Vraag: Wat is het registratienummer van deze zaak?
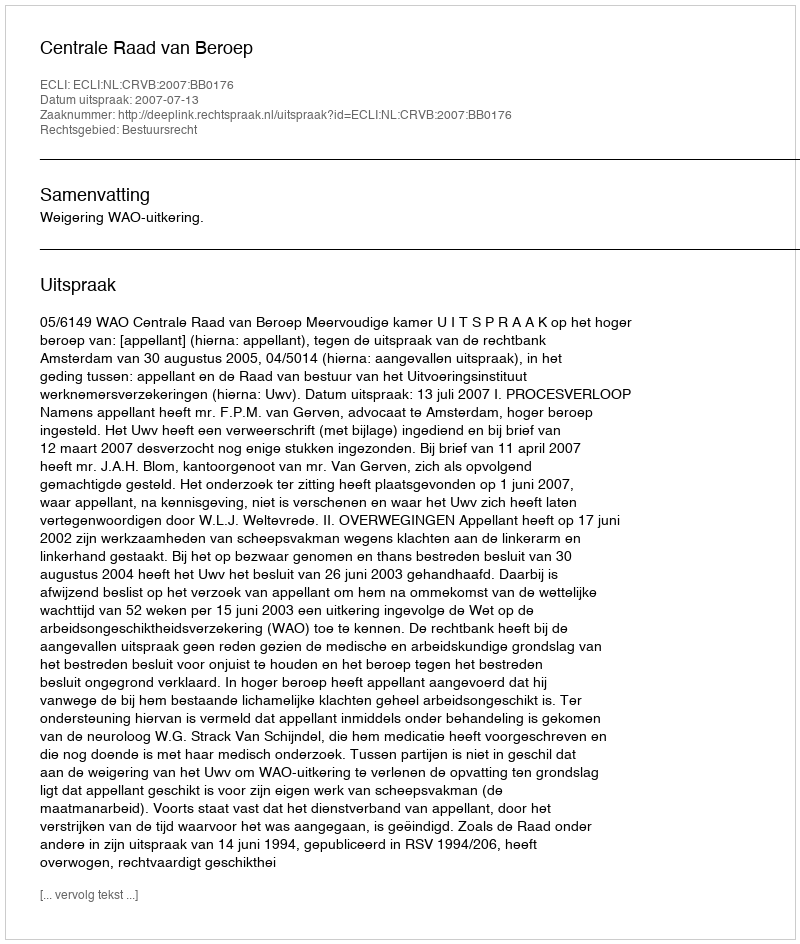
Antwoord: http://deeplink.rechtspraak.nl/uitspraak?id=ECLI:NL:CRVB:2007:BB0176